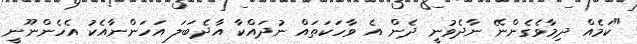
"ކަމެއް ދިމާވެގެންނޭ ނާދެވުނީ ދެން އެ ވާހަކަތައް ނުދައްކާ އާދެބަލަ އަހަންނާއެކު އެހެންނޫނީ